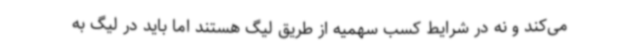
می‌کند و نه در شرایط کسب سهمیه از طریق لیگ هستند اما باید در لیگ به